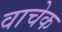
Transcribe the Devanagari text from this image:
वाचेक